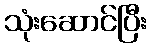
သုံးဆောင်ပြီး